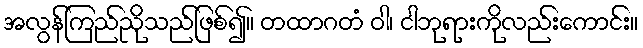
အလွန်ကြည်ညိုသည်ဖြစ်၍။ တထာဂတံ ဝါ၊ ငါဘုရားကိုလည်းကောင်း။